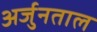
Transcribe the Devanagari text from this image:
अर्जुनताल